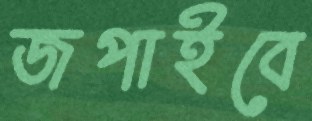
জপাইবে